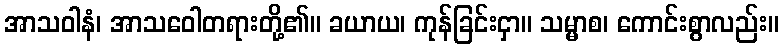
အာသဝါနံ၊ အာသဝေါတရားတို့၏။ ခယာယ၊ ကုန်ခြင်းငှာ။ သမ္မာစ၊ ကောင်းစွာလည်း။